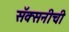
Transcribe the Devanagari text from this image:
सॅक्सनीची